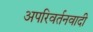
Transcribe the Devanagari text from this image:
अपरिवर्तनवादी